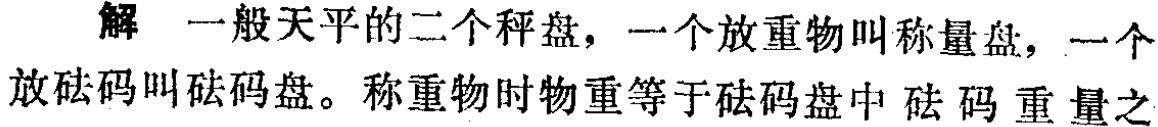
解 一般天平的二个秤盘，一个放重物叫称量盘，一个放砝码叫砝码盘。称重物时物重等于砝码盘中砝码重量之